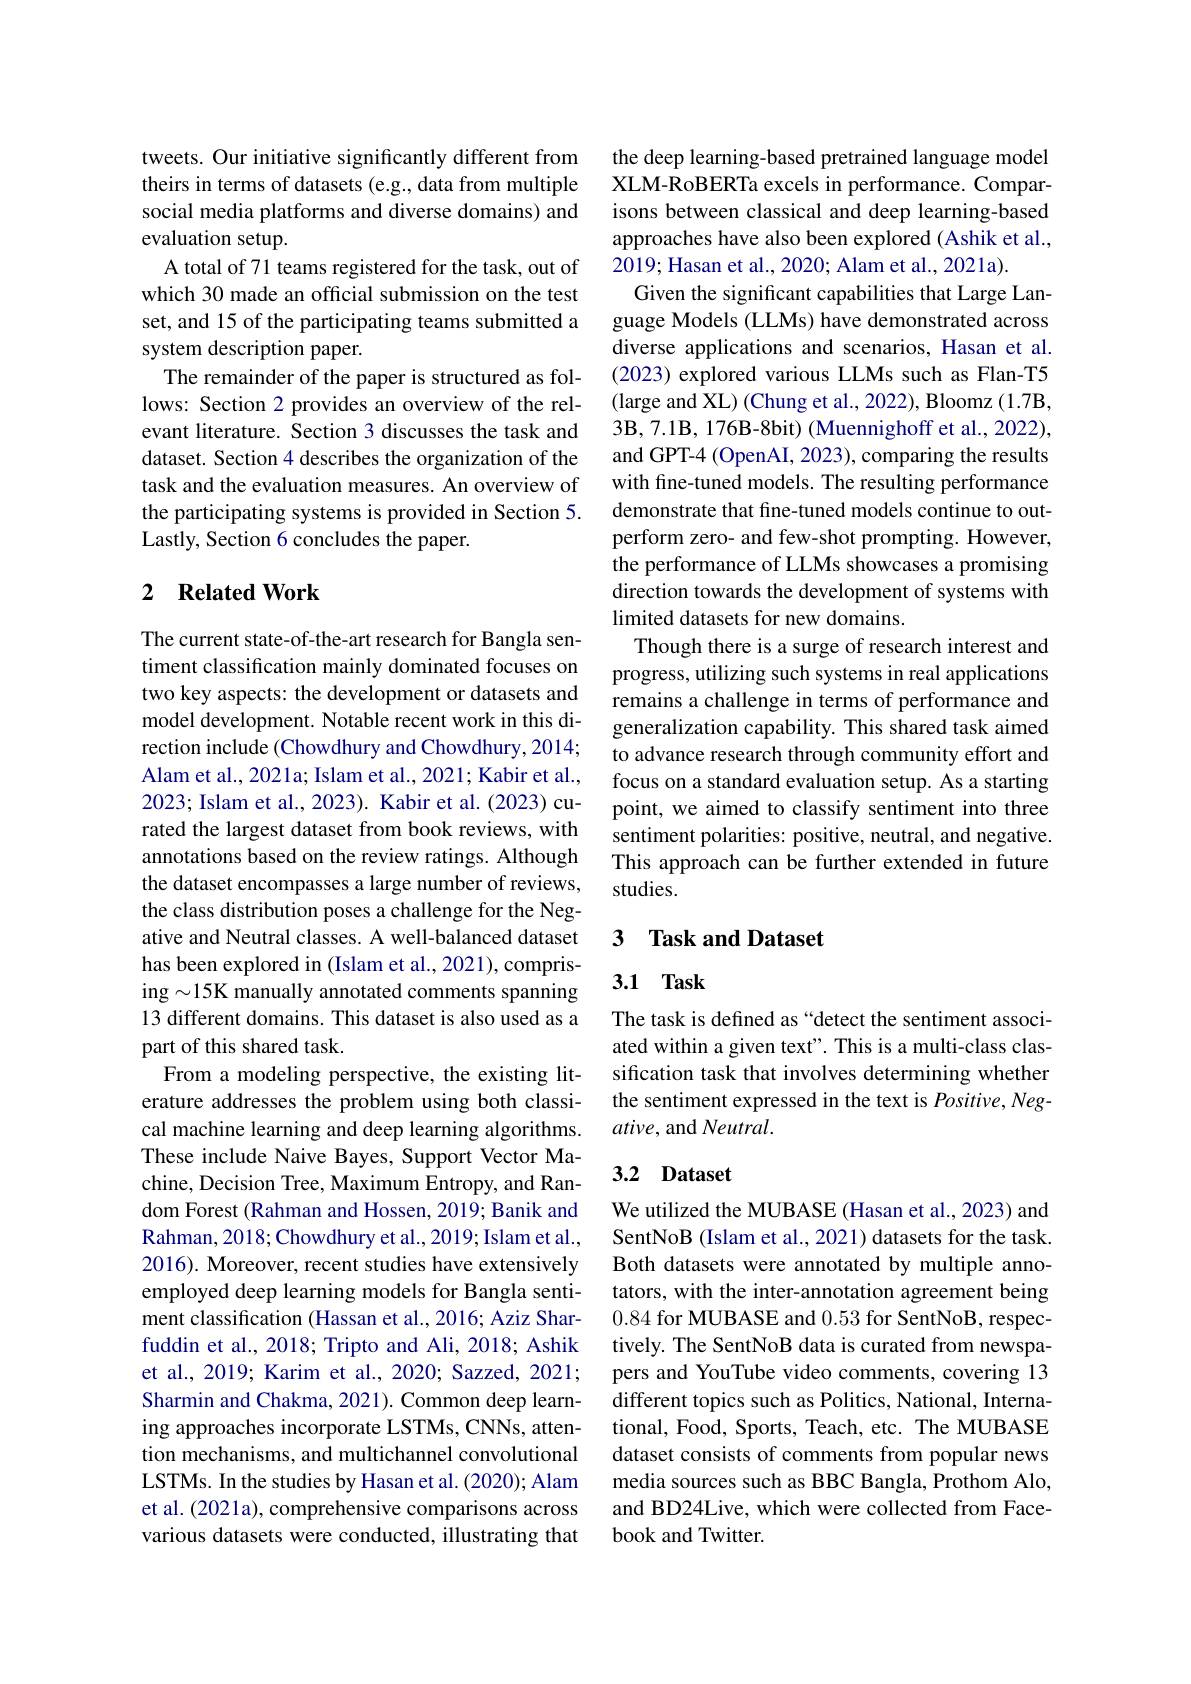
tweets. Our initiative significantly different from theirs in terms of datasets (e.g., data from multiple social media platforms and diverse domains) and evaluation setup.
A total of 71 teams registered for the task, out of which 30 made an official submission on the test set, and 15 of the participating teams submitted a system description paper.
The remainder of the paper is structured as follows: Section 2 provides an overview of the relevant literature. Section 3 discusses the task and dataset. Section 4 describes the organization of the task and the evaluation measures. An overview of the participating systems is provided in Section 5. Lastly, Section 6 concludes the paper.

## 2 $\textbf{Related Work}$

The current state-of-the-art research for Bangla sentiment classification mainly dominated focuses on two key aspects: the development or datasets and model development. Notable recent work in this direction include (Chowdhury and Chowdhury, 2014; Alam et al., 2021a; Islam et al., 2021; Kabir et al., 2023; Islam et al., 2023). Kabir et al. (2023) curated the largest dataset from book reviews, with annotations based on the review ratings. Although the dataset encompasses a large number of reviews, the class distribution poses a challenge for the Negative and Neutral classes. A well-balanced dataset has been explored in (Islam et al., 2021), comprising $\sim15$K manually annotated comments spanning 13 different domains. This dataset is also used as a part of this shared task.
From a modeling perspective, the existing literature addresses the problem using both classical machine learning and deep learning algorithms. These include Naive Bayes, Support Vector Machine, Decision Tree, Maximum Entropy, and Random Forest (Rahman and Hossen, 2019; Banik and Rahman, 2018; Chowdhury et al., 2019; Islam et al., 2016). Moreover, recent studies have extensively employed deep learning models for Bangla sentiment classification (Hassan et al., 2016; Aziz Sharfuddin et al., 2018; Tripto and Ali, 2018; Ashik et al., 2019; Karim et al., 2020; Sazzed, 2021; Sharmin and Chakma, 2021). Common deep learning approaches incorporate LSTMs, CNNs, attention mechanisms, and multichannel convolutional LSTMs. In the studies by Hasan et al. (2020); Alam et al. (2021a), comprehensive comparisons across various datasets were conducted, illustrating that

the deep learning-based pretrained language model XLM-RoBERTa excels in performance. Comparisons between classical and deep learning-based approaches have also been explored (Ashik et al., 2019; Hasan et al., 2020; Alam et al., 2021a).
Given the significant capabilities that Large Language Models (LLMs) have demonstrated across diverse applications and scenarios, Hasan et al. (2023) explored various LLMs such as Flan-T5 (large and XL) (Chung et al., 2022), Bloomz (1.7B, $3\mathbf{B},7.1\mathbf{B},176\mathbf{B}-8$bit) (Muennighoff et al., 2022), and GPT-4 (OpenAI, 2023), comparing the results with fine-tuned models. The resulting performance demonstrate that fine-tuned models continue to outperform zero- and few-shot prompting. However, the performance of LLMs showcases a promising direction towards the development of systems with limited datasets for new domains.
Though there is a surge of research interest and progress, utilizing such systems in real applications remains a challenge in terms of performance and generalization capability. This shared task aimed to advance research through community effort and focus on a standard evaluation setup. As a starting point, we aimed to classify sentiment into three sentiment polarities: positive, neutral, and negative. This approach can be further extended in future studies.

## 3 Task and Dataset

# 3.1 Task

The task is defined as “detect the sentiment associated within a given text". This is a multi-class classification task that involves determining whether the sentiment expressed in the text is Positive, Negative, and Neutral.

## 3.2 Dataset

We utilized the MUBASE (Hasan et al., 2023) and SentNoB (Islam et al., 2021) datasets for the task. Both datasets were annotated by multiple annotators, with the inter-annotation agreement being 0.84 for MUBASE and 0.53 for SentNoB, respectively. The SentNoB data is curated from newspapers and YouTube video comments, covering 13 different topics such as Politics, National, International, Food, Sports, Teach, etc. The MUBASE dataset consists of comments from popular news media sources such as BBC Bangla, Prothom Alo, and BD24Live, which were collected from Facebook and Twitter.